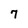
Character: 7